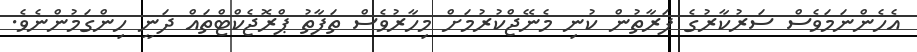
އެހެންނަމަވެސް ސަރުކާރުގެ ފަރާތުން ކުނި މެނޭޖްކުރުމަށް މިހާރުވެސް ތަފާތު ޕްރޮޖެކްޓްތައް ދަނީ ހިންގަމުންނެވެ.